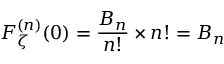
F _ { \zeta } ^ { ( n ) } ( 0 ) = { \frac { B _ { n } } { n ! } } \times n ! = B _ { n }